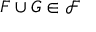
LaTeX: F \cup G \in { \mathcal { F } }